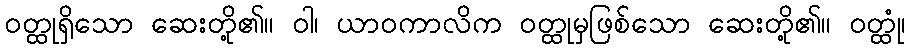
ဝတ္ထုရှိသော ဆေးတို့၏။ ဝါ၊ ယာဝကာလိက ဝတ္ထုမှဖြစ်သော ဆေးတို့၏။ ဝတ္ထုံ၊